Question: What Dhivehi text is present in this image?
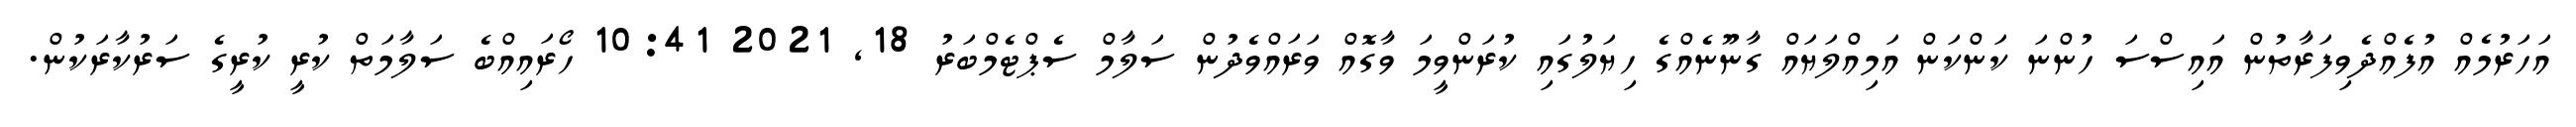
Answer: އަހަރުމެއް އުފެއްދެވިފަރާތުން އައިސްސަ ހުންނަ ކަންކަން އަމިއްލަޔައް ގާނޫނެއްގެ ހިޔަލުގައި ކުރަންވީމަ ވާގޮއް ވަރައްވެދުން ސަލާމް ސެޕްޓެމްބަރު 18, 2021 10:41 ހޯރައިއްބެ ސަލާމަތް ކުރީ ކުރީގެ ސަރުކާރަކުން.